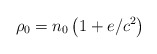
\begin{align*}\rho_{0}=n_{0}\left( 1+e/c^{2}\right) \end{align*}